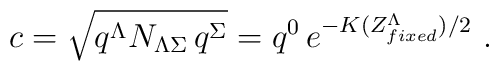
c ={\sqrt{ q^\Lambda N_{\Lambda\Sigma}\,q^\Sigma }}=q^0\, e^{-K(Z^\Lambda_{fixed} )/2}\ .